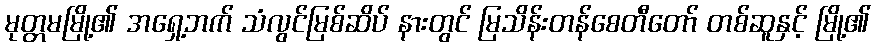
မုတ္တမမြို့၏ အရှေ့ဘက် သံလွင်မြစ်ဆိပ် နားတွင် မြသိန်းတန်စေတီတော် တစ်ဆူနှင့် မြို့၏